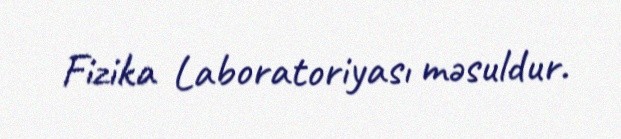
Fizika Laboratoriyası məsuldur.